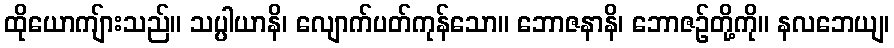
ထိုယောကျ်ားသည်။ သပ္ပါယာနိ၊ လျောက်ပတ်ကုန်သော။ ဘောဇနာနိ၊ ဘောဇဉ်တို့ကို။ နလဘေယျ၊